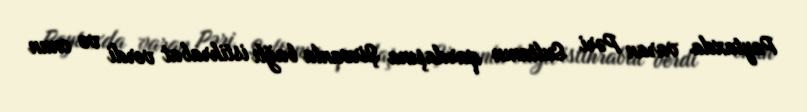
Paytaxda varan Pəri Sultanın qardaşına Şirvanla bağlı istihrabat verdi və onun